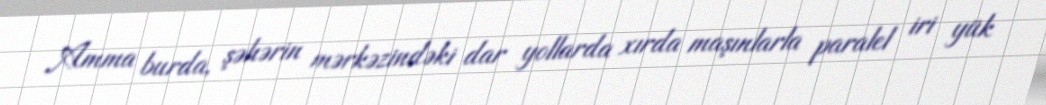
Amma burda, şəhərin mərkəzindəki dar yollarda xırda maşınlarla paralel iri yük